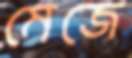
মেজে